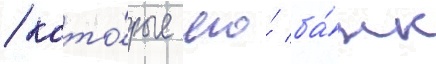
/ кото́рые его́ ба́нк